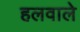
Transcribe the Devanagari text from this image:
हलवाले